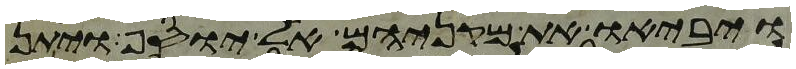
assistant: ויביאו את מקניהם אל יוסף ויתן